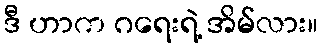
ဒီ ဟာက ဂရေးရဲ့ အိမ်လား။